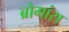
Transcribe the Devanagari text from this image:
ब्रोगांस